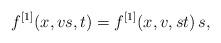
LaTeX: \begin{align*} f^{[1]}(x,vs,t) = f^{[1]} (x,v,st) \, s ,\end{align*}